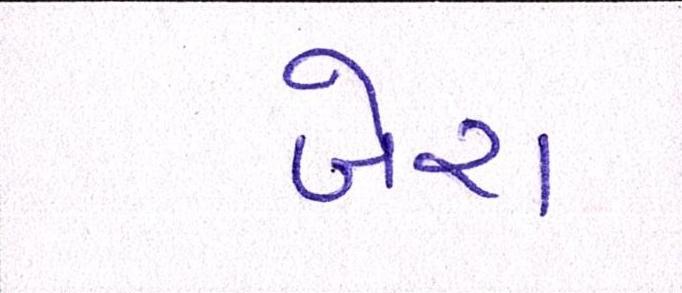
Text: બેરા